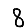
Digit: 8